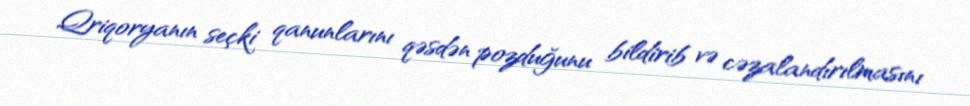
Qriqoryanın seçki qanunlarını qəsdən pozduğunu bildirib və cəzalandırılmasını